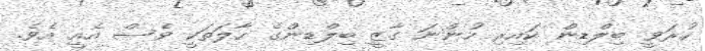
ހުރަވީ ބިލްޑިން ކައިރި ހުންނަ ގާޒީ ބިލްޑިންގެ ހާލަތަކީ ވެސް އެއީ އެވެ.